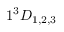
1 ^ { 3 } D _ { 1 , 2 , 3 }